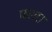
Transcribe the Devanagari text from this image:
फराटा